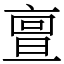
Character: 亶